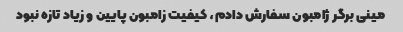
مینی برگر ژامبون سفارش دادم، کیفیت زامبون پایین و زیاد تازه نبود